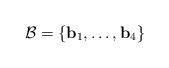
LaTeX: \begin{align*}\mathcal{B} = \{\mathbf{b}_1,\ldots,\mathbf{b}_4\}\end{align*}